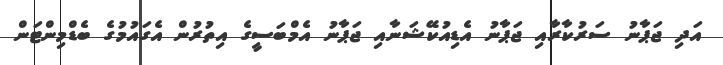
އަދި ޖަޕާނު ސަރުކާރާއި ޖަޕާނު އެޑިއުކޭޝަނާއި ޖަޕާނު އެމްބަސީގެ އިތުރުން އެގައުމުގެ ބެޑްމިންޓަން